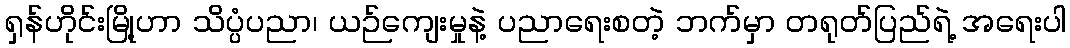
ရှန်ဟိုင်းမြို့ဟာ သိပ္ပံပညာ၊ ယဉ်ကျေးမှုနဲ့ ပညာရေးစတဲ့ ဘက်မှာ တရုတ်ပြည်ရဲ့ အရေးပါ